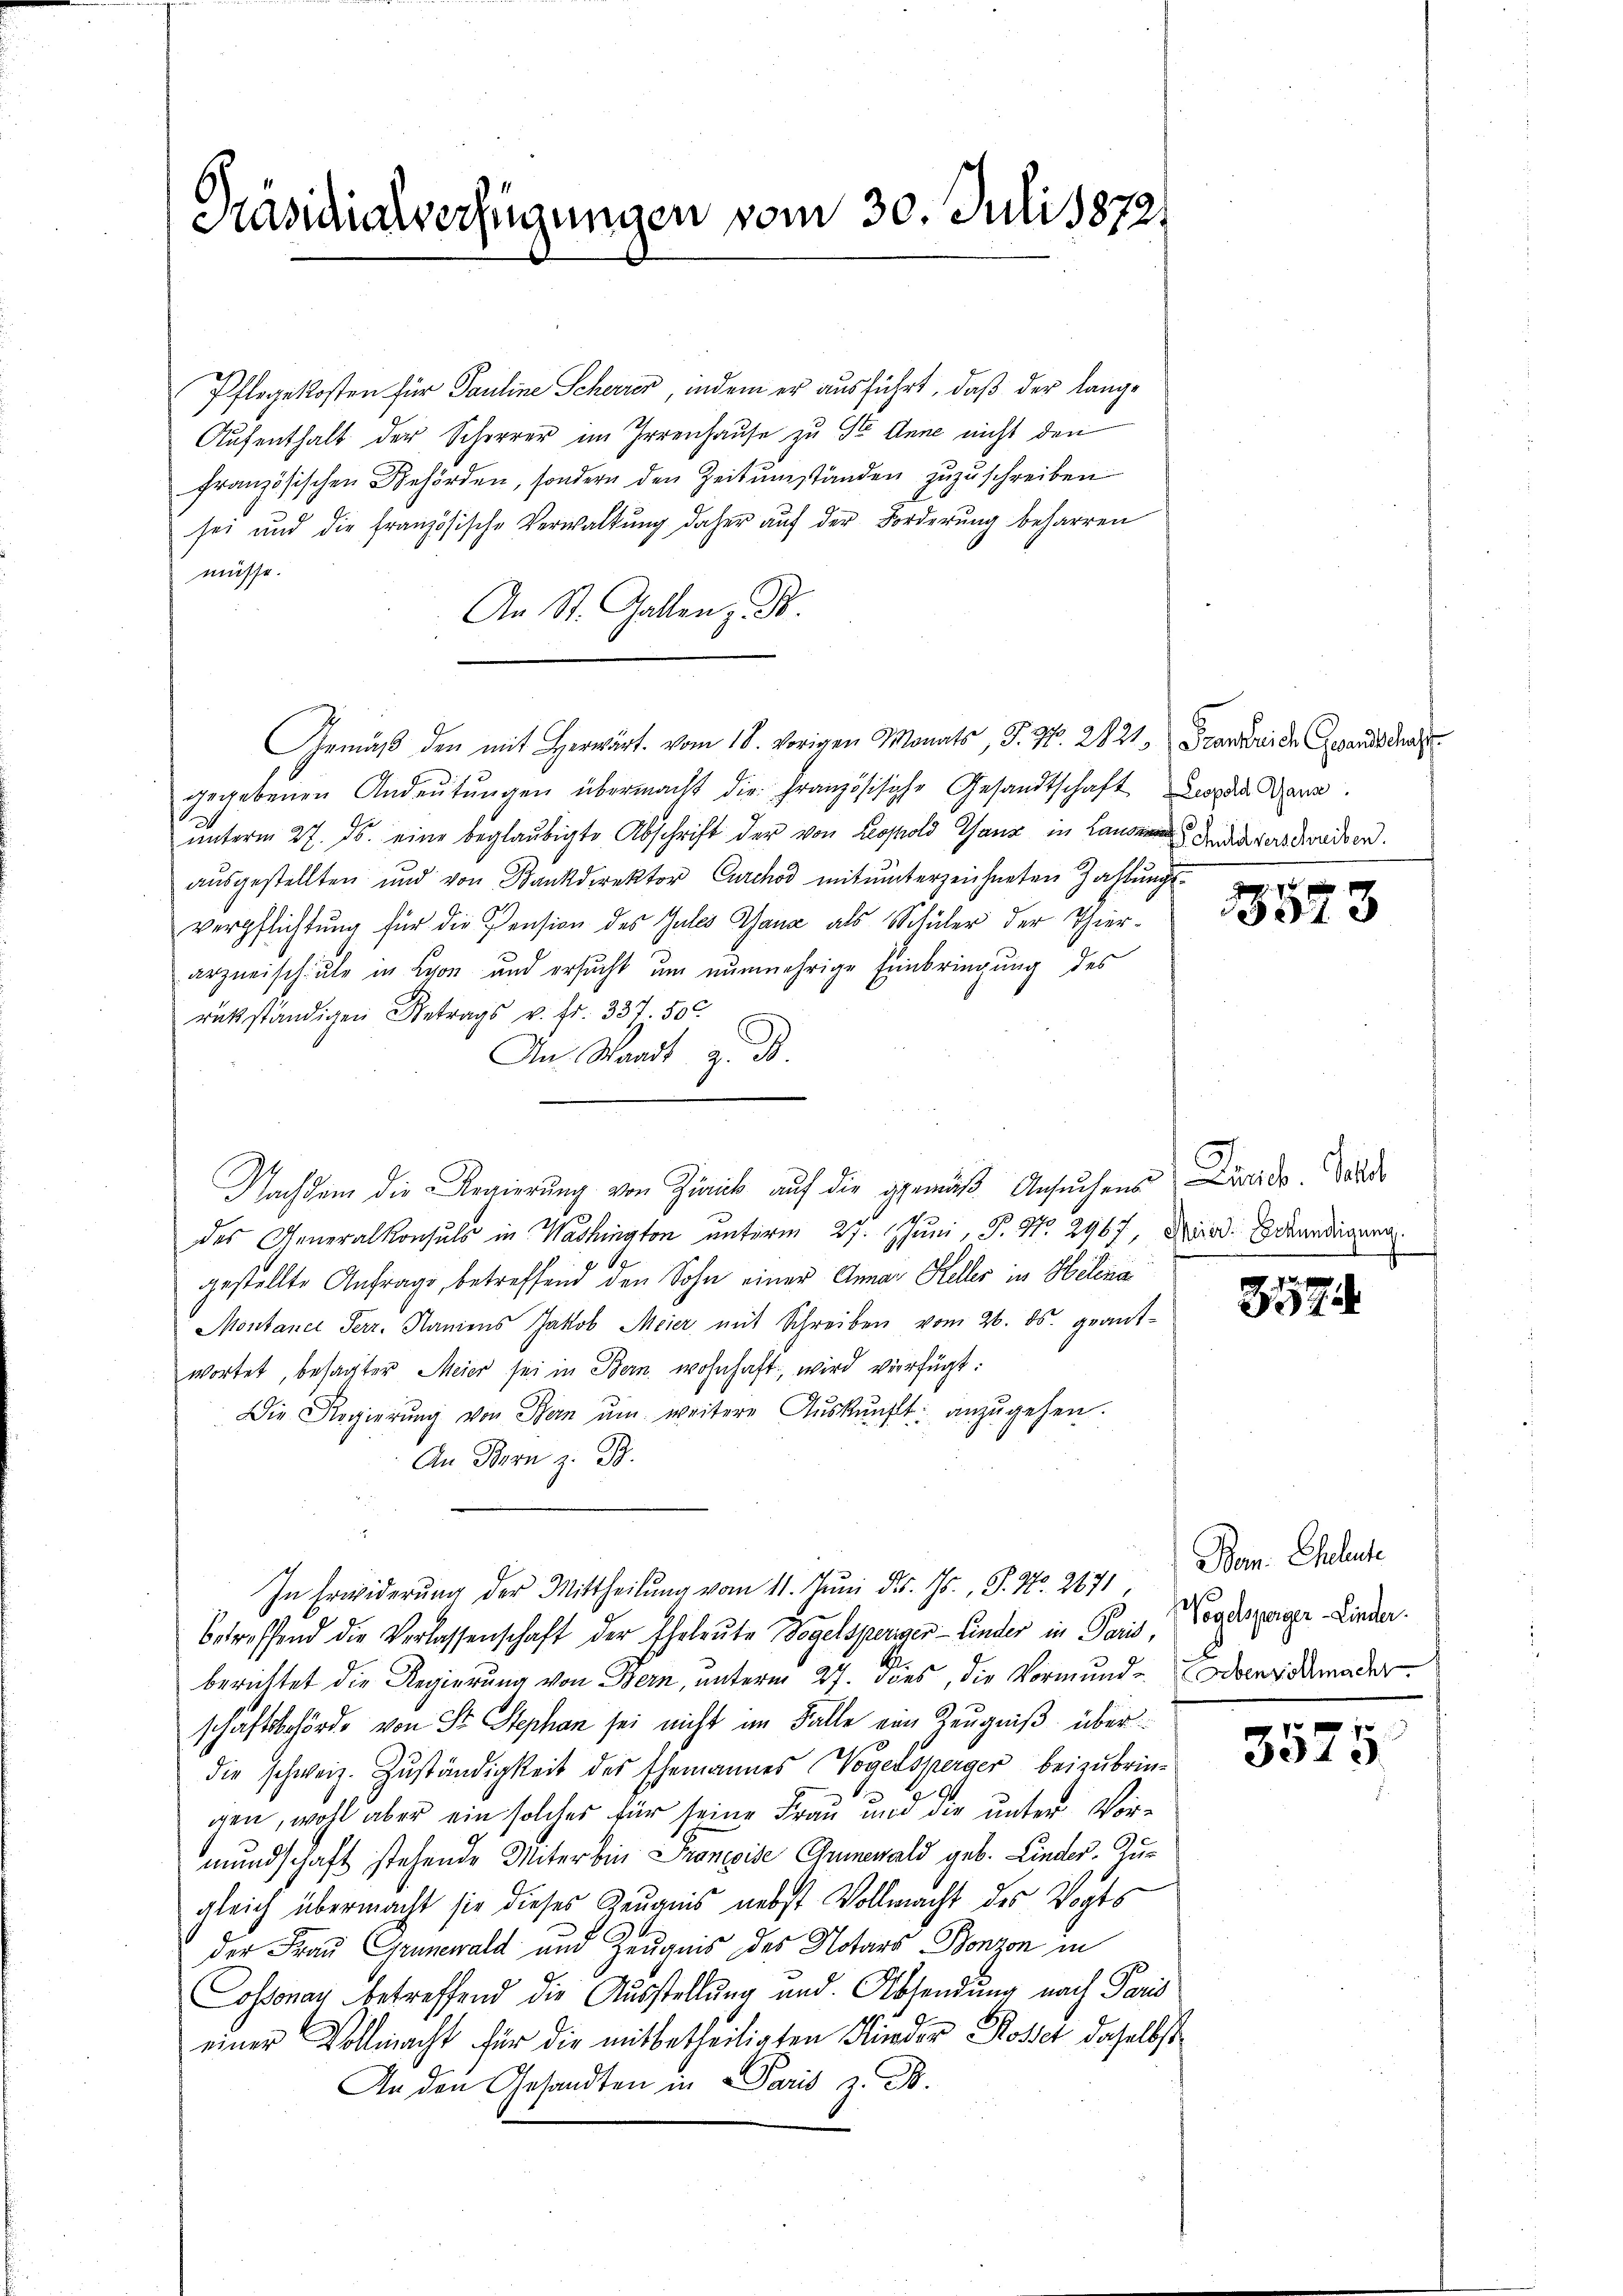
Hasidialverfügungen vom 30. Juli 1872

Pflegekosten für Pauline Scherer, indem er ausführt, daß der lange
Aufenthalt der Scherer im Irrenhause zu St. Anne nicht den
französischen Behörden, sondern den Zeitumständen zuzuschreiben.
sei und die französische Verwaltŭng daher aŭf der Forderŭng beharren
müsse.
An St. Gallen z. B.
Gemäß den mit Herwärt. vom 18. vorigen Monats, S. Nr. 2821, Franzweide Gesandtschaf
gegebenen Andeŭtŭngen übermacht die Französische Gesandtschaft da der
ŭnterm 27. ds. eine beglaubigte Abschrift der von Leopold Ganz in Landen.
ausgestellten und von Bankdirektor Curchod mitunterzeichneten Zahlungsverpflichtung für die Pension des Gutes Ganz als Schüler der Thierarzneischule in Lyon und ersucht um nunmehrige Einbringung des
rükständigen Betrags v. fr. 337. 50
An Waadt z. B.
des Generalkonsuls in Washington unterm 27. Juni, P. Nr. 2967, wird. Benedigung
S
gestellte Anfrage, betreffend den Sohn einer Anna Keller in Helena
Montance Serr. Namens Jakob Meier mit Schreiben vom 26. ds. geant-
wortet, besagter Meier sei in Bern wohnhaft, wird verfügt:
Die Regierŭng von Bern ŭm weitere Aŭskŭnft anzŭgehen.
An Bern z. B.
In Erwiderung der Mittheilung vom 11. Juni d. Js., P. Nr. 2171
betreffend die Verlassenschaft der Eheleŭte Vogelsperigen-Linder in Paris, Vogtsperger Linder.
berichtet die Regierung von Bern, unterm 27. dies, die Vormunde dans moder
schaftsbehörde von Sr Stephan sei nicht im Falle ein Zeugniß über
die schweiz. Zuständigkeit des Ehemannes Vogelsperger beizubrin¬
.
gen, wohl aber ein solches für seine Frau und die unter Vor-
mundschaft stehende Miter bin Prancoise Gumewald geb. Linder Zugleich übermacht sie dieses Zeugnis nebst Vollmacht des Vogts
der Frau Grunewald und Zeugnis des Notars Bonzon in
ossonay betreffend die Ausstellung und Absendung nach Paris
einer Vollmacht für die mitbetheiligten Kinder Rosset daselbst
An den Gesandten in Paris z. B.

Nachdem die Regierung von Zürick auf die gemäβ Ansŭchen Laide. Wald

17 x
3513

Bon. Eheleute

3575.